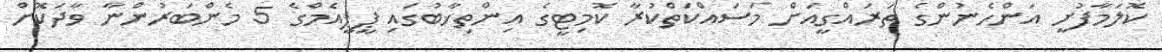
ކޮލަމާފުށީ އަންހެނުންގެ ތަރައްގީއަށް މަސައްކަތްކުރާ ކޮމިޓީގެ އިންތިޚާބުގައި ޕީޕީއެމްގެ 5 މެންބަރުންނާ ވާދަކޮށް